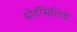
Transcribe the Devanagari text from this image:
मोटॅसिलिडे